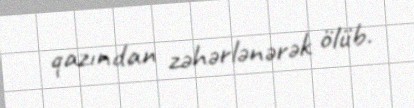
qazından zəhərlənərək ölüb.